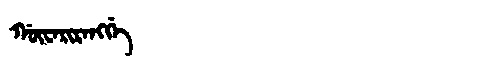
Manchu: ᡤᡡᠸᠠᡵᡳᡵᠠᠩᡤᡝ
Romanization: GŪWARIRANGGE